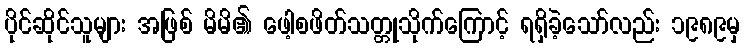
ပိုင်ဆိုင်သူများ အဖြစ် မိမိ၏ ဖေါ့စဖိတ်သတ္တုသိုက်ကြောင့် ရရှိခဲ့သော်လည်း ၁၉၈၉မှ